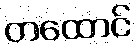
တထောင်